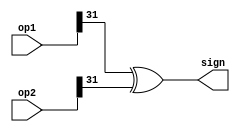
module sign_multOut(
input wire[31:0] op1,
input wire[31:0] op2,
output wire sign
);
assign sign = op1[31]^op2[31];
endmodule